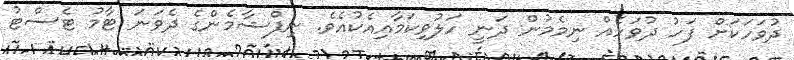
ދުވަހަކަށް ފަހު ދުވަހެއް ނިމެމުން ދަނީ ހަލުވިކަމާއިއެކުއެވެ. ނިފްޝާމެންގެ ދެވަނަ ޓާމު ޓެސްޓު